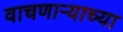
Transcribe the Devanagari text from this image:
वाचणाऱ्याच्या